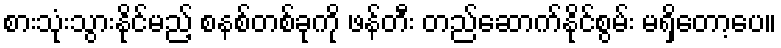
စားသုံးသွားနိုင်မည့် စနစ်တစ်ခုကို ဖန်တီး တည်ဆောက်နိုင်စွမ်း မရှိတော့ပေ။